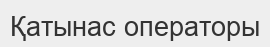
Қатынас операторы